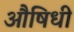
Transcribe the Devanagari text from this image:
औषिधी